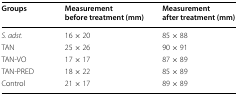
<table><thead><tr><td><b>Groups</b></td><td><b>Measurement before treatment (mm)</b></td><td><b>Measurement after treatment (mm)</b></td></tr></thead><tbody><tr><td><i>S. adst.</i></td><td>16 × 20</td><td>85 × 88</td></tr><tr><td>TAN</td><td>25 × 26</td><td>90 × 91</td></tr><tr><td>TAN-VO</td><td>17 × 17</td><td>87 × 89</td></tr><tr><td>TAN-PRED</td><td>18 × 22</td><td>85 × 89</td></tr><tr><td>Control</td><td>21 × 17</td><td>89 × 89</td></tr></tbody></table>